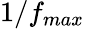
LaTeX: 1/f_{max}